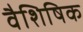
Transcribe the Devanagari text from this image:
वैशिषिक